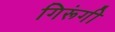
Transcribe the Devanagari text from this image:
गिरूंगी